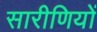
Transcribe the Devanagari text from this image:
सारीणियों